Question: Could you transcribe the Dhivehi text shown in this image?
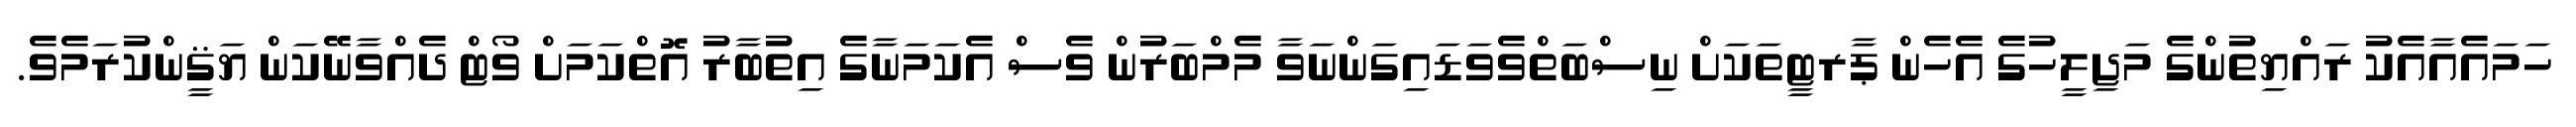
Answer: ހަމައެއާއެކު ރައްޔިތުންގެ މަޖިލީހުގެ އެހެން ޕާރޓީތަކަށް ނިސްބަތްވެވަޑައިގަންނަވާ މެމްބަރުން ވެސް އެކަމަނާގެ އިތުބާރު އޮތްކަމަށް ވޯޓް ދެއްވާނޭކަން ޔަޤީންކުރަމެވެ.